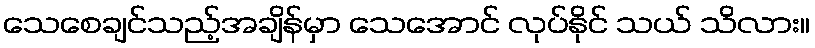
သေစေချင်သည့်အချိန်မှာ သေအောင် လုပ်နိုင် သယ် သိလား။